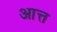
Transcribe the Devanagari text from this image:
आत्त